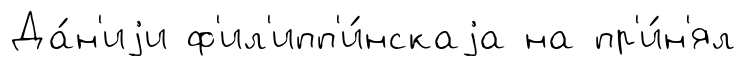
Да́н'иjи ф'ил'ипп'и́нскаjа на пр'и́н'ял